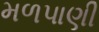
મળપાણી